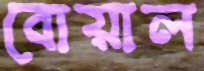
বোয়াল